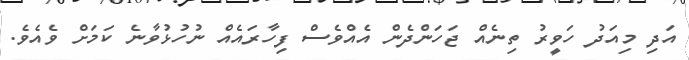
އަދި މިއަދު ހަވީރު ތިނެއް ޖަހަންދެން އެއްވެސް ފިހާރައެއް ނުހުޅުވާނެ ކަމަށް ވެއެވެ.